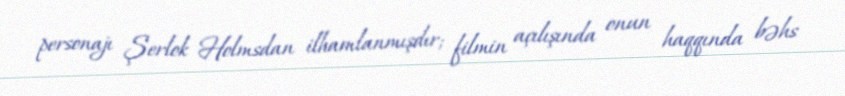
personajı Şerlok Holmsdan ilhamlanmışdır; filmin açılışında onun haqqında bəhs